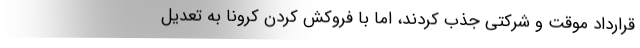
قرارداد موقت و شرکتی جذب کردند، اما با فروکش کردن کرونا به تعدیل